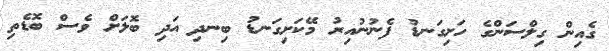
ގެއިން ގިލްސަންގެ ހަށިގަނޑު ފެނުނުއިރު މޭކަށިގަނޑު ބިނދި އަދި ބޮލަށް ވެސް ބޮޑެތި